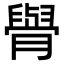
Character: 𦡌